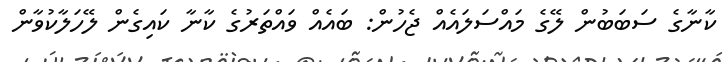
ކާނާގެ ސަބަބުން ލޭގެ މައްސަލައެއް ޖެހުން: ބައެއް ވައްތަރުގެ ކާނާ ކައިގެން ލޭހަލާކުވާން